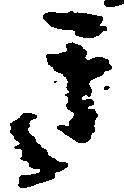
き